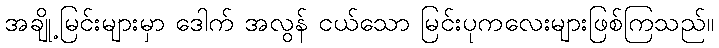
အချို့မြင်းများမှာ ဒေါက် အလွန် ငယ်သော မြင်းပုကလေးများဖြစ်ကြသည်။